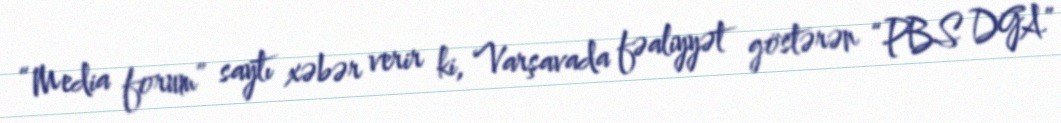
“Media forum” saytı xəbər verir ki, Varşavada fəaliyyət göstərən “PBS DGA”